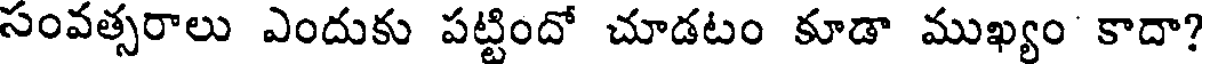
సంవత్సరాలు ఎందుకు పట్టిందో చూడటం కూడా ముఖ్యం కాదా?